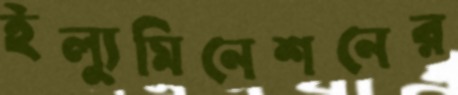
ইল্যুমিনেশনের